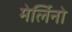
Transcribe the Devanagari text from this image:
मेर्लिनो